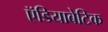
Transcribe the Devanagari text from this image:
ऍडियाबेटिक